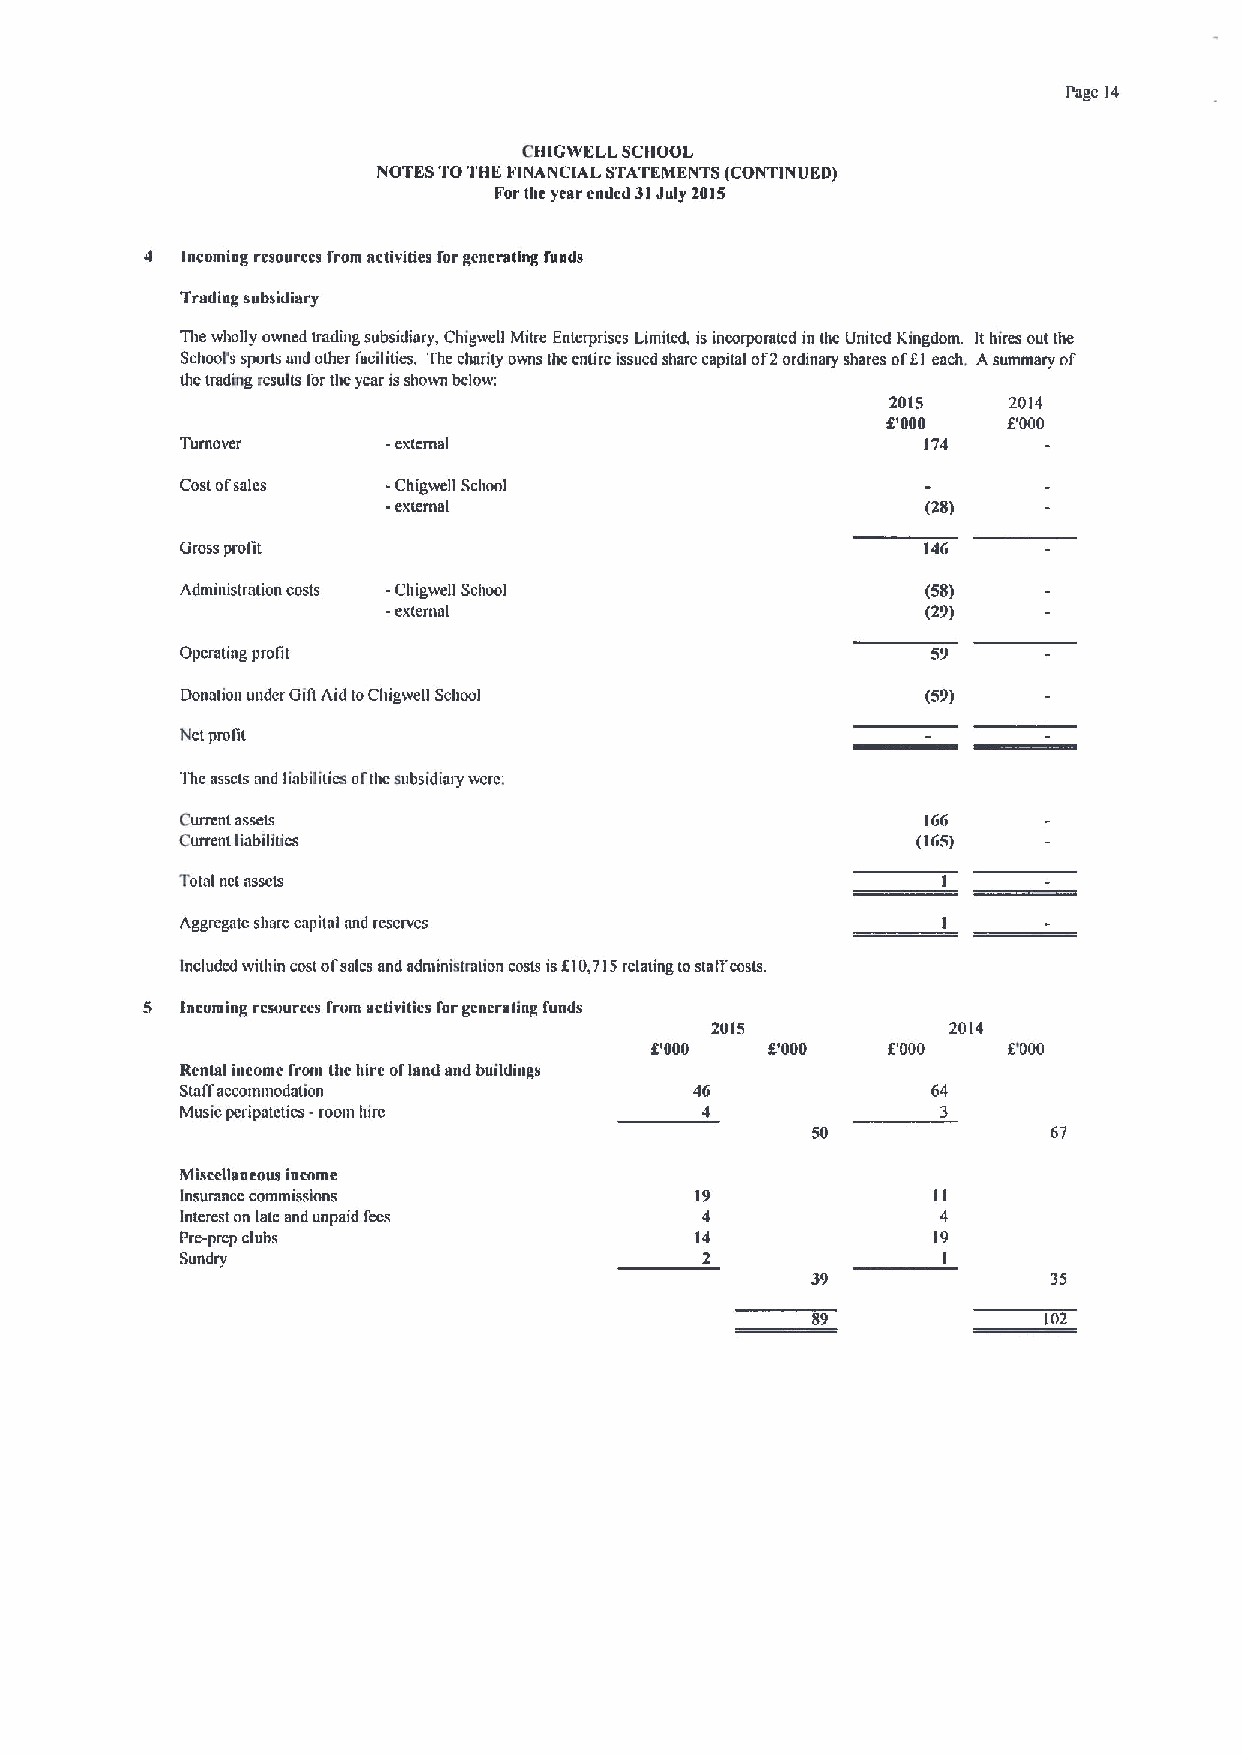
Page 14
 CIIIGWELL SCI IDOL
 NOTES TOTIIEFINANCIAL STATEMENTS (CONTIN(IE0)
 Forthe year ended 31July 2015
 4 Incoming resources from activities for generating funds
 Trading subsidiary
 Tbe wholly owned trading subsidiary, Chigwell Mitre Entcrpriscs Limited, is incorporated in the United Kingdom Ithires out the
 School's sports and other facilities. The charity owns the entire issued share capital of2ordmary shares oHI each, Asummary of
 tbe trading results lortbe year isshown below.
 2015    2014
 6'000   F000
 Toltlovef     -ex(emal                           174
 Cost ofsales  -Chigwell School
 -external                          (28)
 Gross profit
 Administration costs -Cbigwell School            (58)
 -ex(emal                           (29)
 Operating profit
 Donation under Gill Aid toChigwell Scbool        (59)
 Net prolit
 The assets and liabililics ofthc subsidiary werc:
 Current assets                                   16(i
 Current habilincs                                (165)
 Total nct assets
 Aggregate sharc capital and rcscrvcs
 Included within costol'sales and adntiniatrulion costs is610,715relating tostalfcosts
 Incoming resources from activities forgenerating funds
 2015            2014
 6'000   67000   6'000   6'000
 Rental income from thc hire ofland and buildings
 Staffaccommodation                46              64
 Music pcripatctics -room lure     4               3
 50              67
 Miscellaneous income
 Insurance commissions             19              II
 Interest on late and unpaid fees  4               4
 Pre-prep clubs                    14              19
 Sundry                            2               I
 35
 89             102